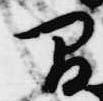
間